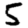
Digit: 5